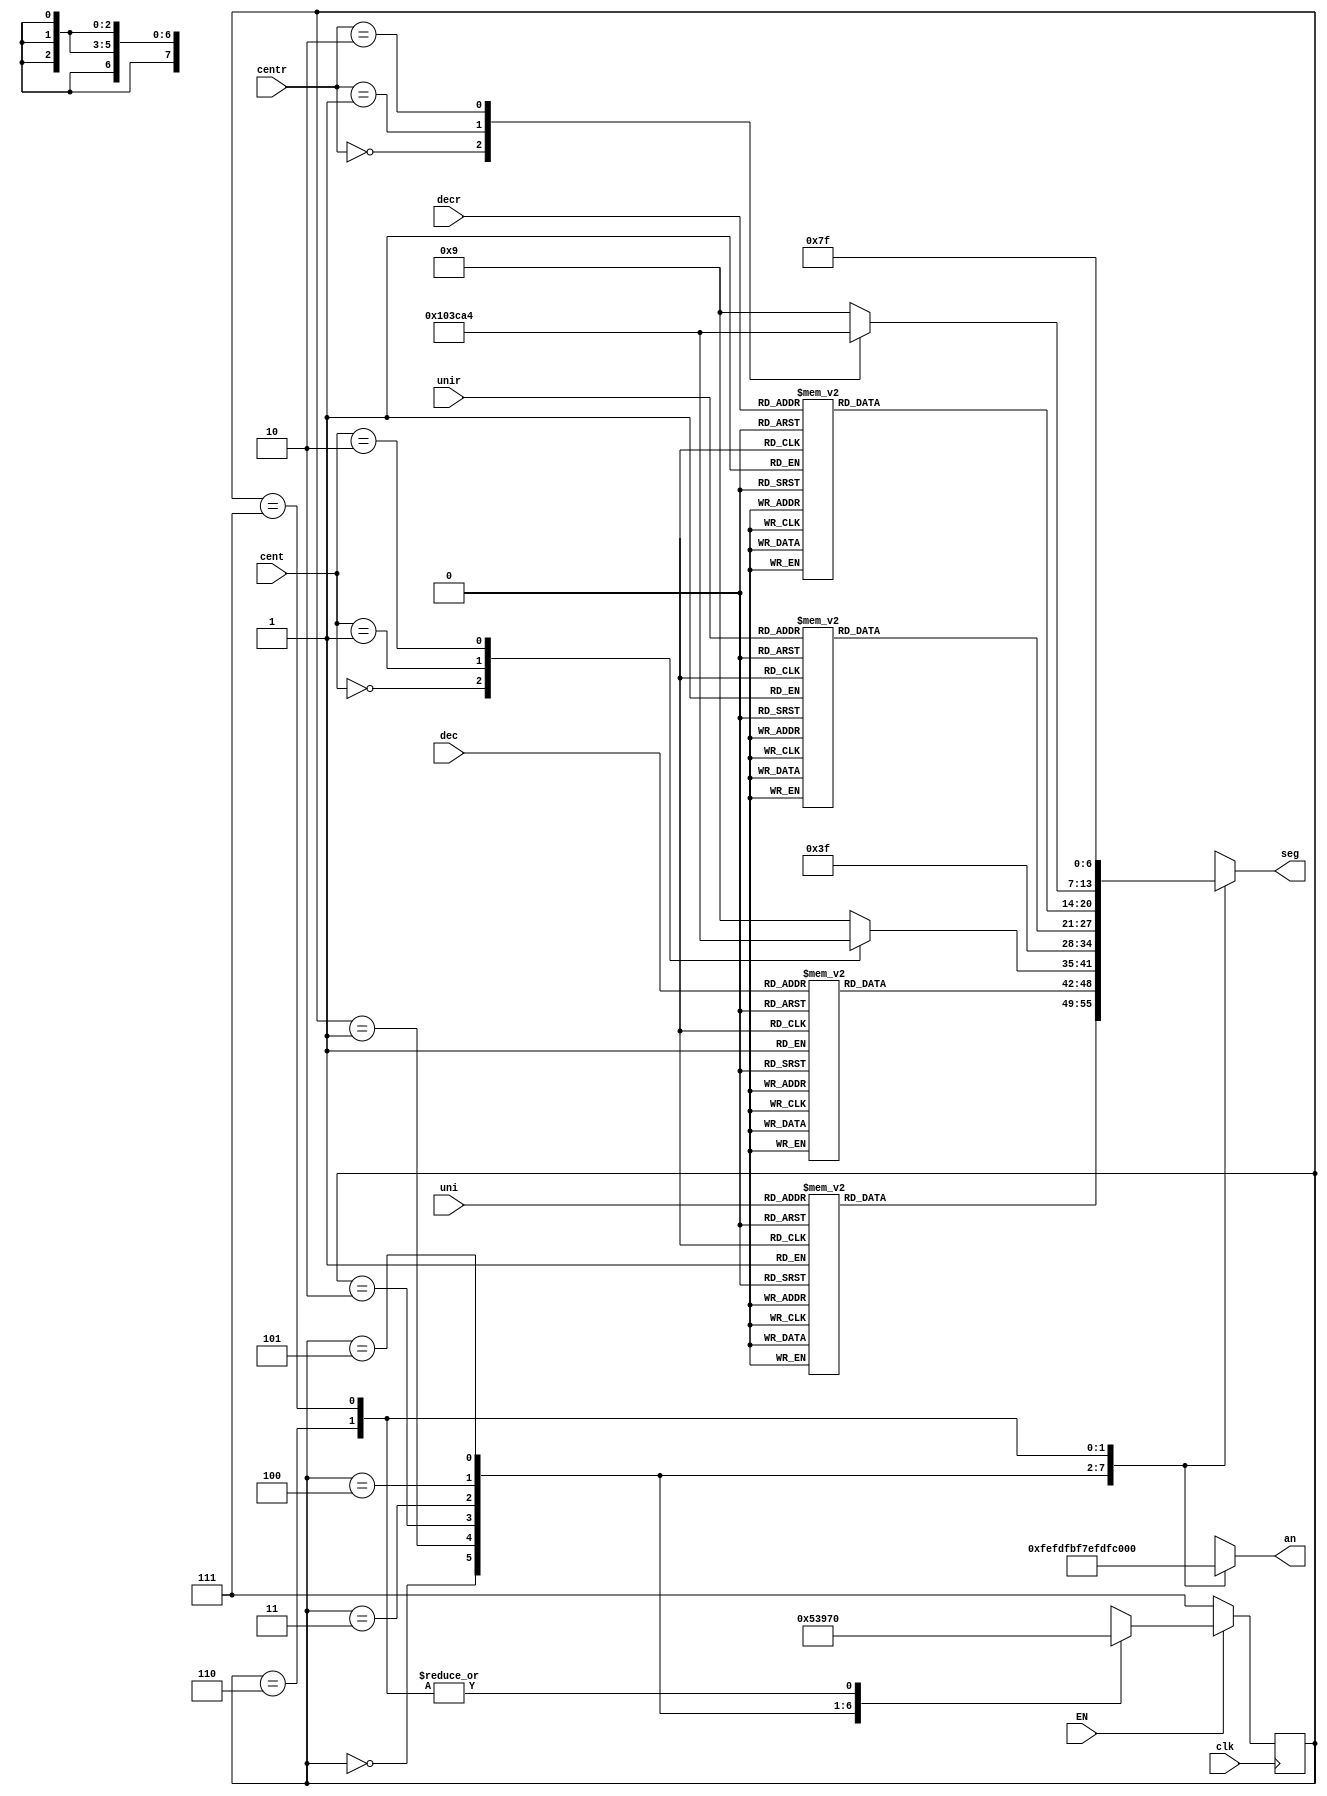
`timescale 1ns / 1ps
//////////////////////////////////////////////////////////////////////////////////
// Create Date:    
// Design Name: 
// Module Name:    control_7seg 
// Project Name: 
//////////////////////////////////////////////////////////////////////////////////
module siete_seg(
    input wire [3:0] uni, dec, cent, unir, decr, centr,
    input wire EN, clk,
    output reg [6:0] seg,
	 output reg [7:0] an
    );
							
	 localparam [2:0] estado_0 = 3'b000, 
							estado_1 = 3'b001,
							estado_2 = 3'b010,
							estado_3 = 3'b011,
							estado_4 = 3'b100,
							estado_5 = 3'b101,
							estado_6 = 3'b110,
							estado_7 = 3'b111;
	 
	 reg [2:0] est, est_sig;
	 
	 //----------------------------
	 always @(posedge clk)
		if (EN)
			est <= est_sig;
		else 
			est <= estado_7;
	 //----------------------------		
	 	 
	 always @ * 
	 begin
		est_sig = estado_0;
		an = 8'b11111111;
		seg = 7'b1111111;
		case(est)
			estado_0:begin
							an = 8'b11111110;
							case(uni)						//unidades, en el primer 7segmentos
								4'h0:	seg = 7'b1000000;
								4'h1:	seg = 7'b1111001;
								4'h2:	seg = 7'b0100100;
								4'h3:	seg = 7'b0110000;
								4'h4:	seg = 7'b0011001;
								4'h5:	seg = 7'b0010010;
								4'h6:	seg = 7'b0000010;
								4'h7:	seg = 7'b1111000;
								4'h8:	seg = 7'b0000000;
								4'h9:	seg = 7'b0010000;
								default: seg = 7'b0001001;	//pinta una "X" si le llega codigo no deseado
							endcase
							est_sig = estado_1;
						end
			estado_1:begin
							an = 8'b11111101;
							case(dec)						//decenas, en el segundo 7segmentos
								4'h0:	seg = 7'b1000000;
								4'h1:	seg = 7'b1111001;
								4'h2:	seg = 7'b0100100;
								4'h3:	seg = 7'b0110000;
								4'h4:	seg = 7'b0011001;
								4'h5:	seg = 7'b0010010;
								4'h6:	seg = 7'b0000010;
								4'h7:	seg = 7'b1111000;
								4'h8:	seg = 7'b0000000;
								4'h9:	seg = 7'b0010000;
								default: seg = 7'b0001001;	//pinta una "X" si le llega codigo no deseado
							endcase
							est_sig = estado_2;
						end
			estado_2:begin
							an = 8'b11111011;
							case(cent)						//centenas, en el tercer 7segmentos
								4'h0:	seg = 7'b1000000;
								4'h1:	seg = 7'b1111001;
								4'h2:	seg = 7'b0100100;
								default: seg = 7'b0001001;	//pinta una "X" si le llega codigo no deseado
							endcase
							est_sig = estado_3;
						end
			estado_3:begin									//imprime '-'
							an = 8'b11110111;
							seg = 7'b0111111;
							est_sig = estado_4;
						end
			estado_4:begin
							an = 8'b11101111;
							case(unir)						//unidades, en el quinto 7segmentos
								4'h0:	seg = 7'b1000000;
								4'h1:	seg = 7'b1111001;
								4'h2:	seg = 7'b0100100;
								4'h3:	seg = 7'b0110000;
								4'h4:	seg = 7'b0011001;
								4'h5:	seg = 7'b0010010;
								4'h6:	seg = 7'b0000010;
								4'h7:	seg = 7'b1111000;
								4'h8:	seg = 7'b0000000;
								4'h9:	seg = 7'b0010000;
								default: seg = 7'b0001001;	//pinta una "X" si le llega codigo no deseado
							endcase
							est_sig = estado_5;
						end
			estado_5:begin
							an = 8'b11011111;
							case(decr)						//decenas, en el sexto 7segmentos
								4'h0:	seg = 7'b1000000;
								4'h1:	seg = 7'b1111001;
								4'h2:	seg = 7'b0100100;
								4'h3:	seg = 7'b0110000;
								4'h4:	seg = 7'b0011001;
								4'h5:	seg = 7'b0010010;
								4'h6:	seg = 7'b0000010;
								4'h7:	seg = 7'b1111000;
								4'h8:	seg = 7'b0000000;
								4'h9:	seg = 7'b0010000;
								default: seg = 7'b0001001;	//pinta una "X" si le llega codigo no deseado
							endcase
							est_sig = estado_6;
						end
			estado_6:begin
							an = 8'b10111111;
							case(centr)						//centenas, en el setimo 7segmentos
								4'h0:	seg = 7'b1000000;
								4'h1:	seg = 7'b1111001;
								4'h2:	seg = 7'b0100100;
								default: seg = 7'b0001001;	//pinta una "X" si le llega codigo no deseado
							endcase
							est_sig = estado_0;
						end
			estado_7:begin									//estado de apagado, para apagar los 7segmentos
							an = 8'b11111111;
							seg = 7'b1111111;
							if(EN)
									est_sig = estado_0;
						end
		endcase
	 end	 
endmodule